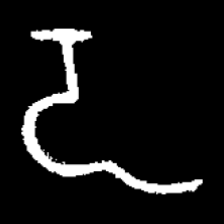
Pyu character \u2014 Myanmar letter: ဍ (romanized: dda)